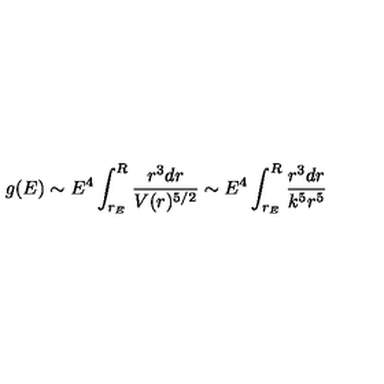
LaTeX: g ( E ) \sim E ^ { 4 } \int _ { r _ { E } } ^ { R } { \frac { r ^ { 3 } d r } { V ( r ) ^ { 5 / 2 } } } \sim E ^ { 4 } \int _ { r _ { E } } ^ { R } { \frac { r ^ { 3 } d r } { k ^ { 5 } r ^ { 5 } } }